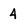
Character: 4